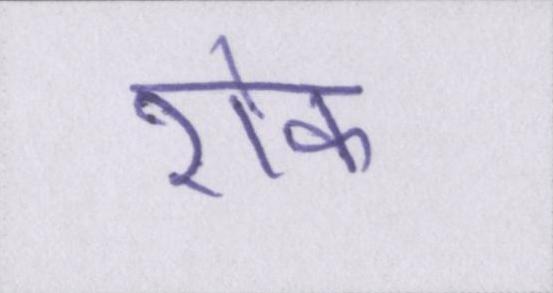
रॊक